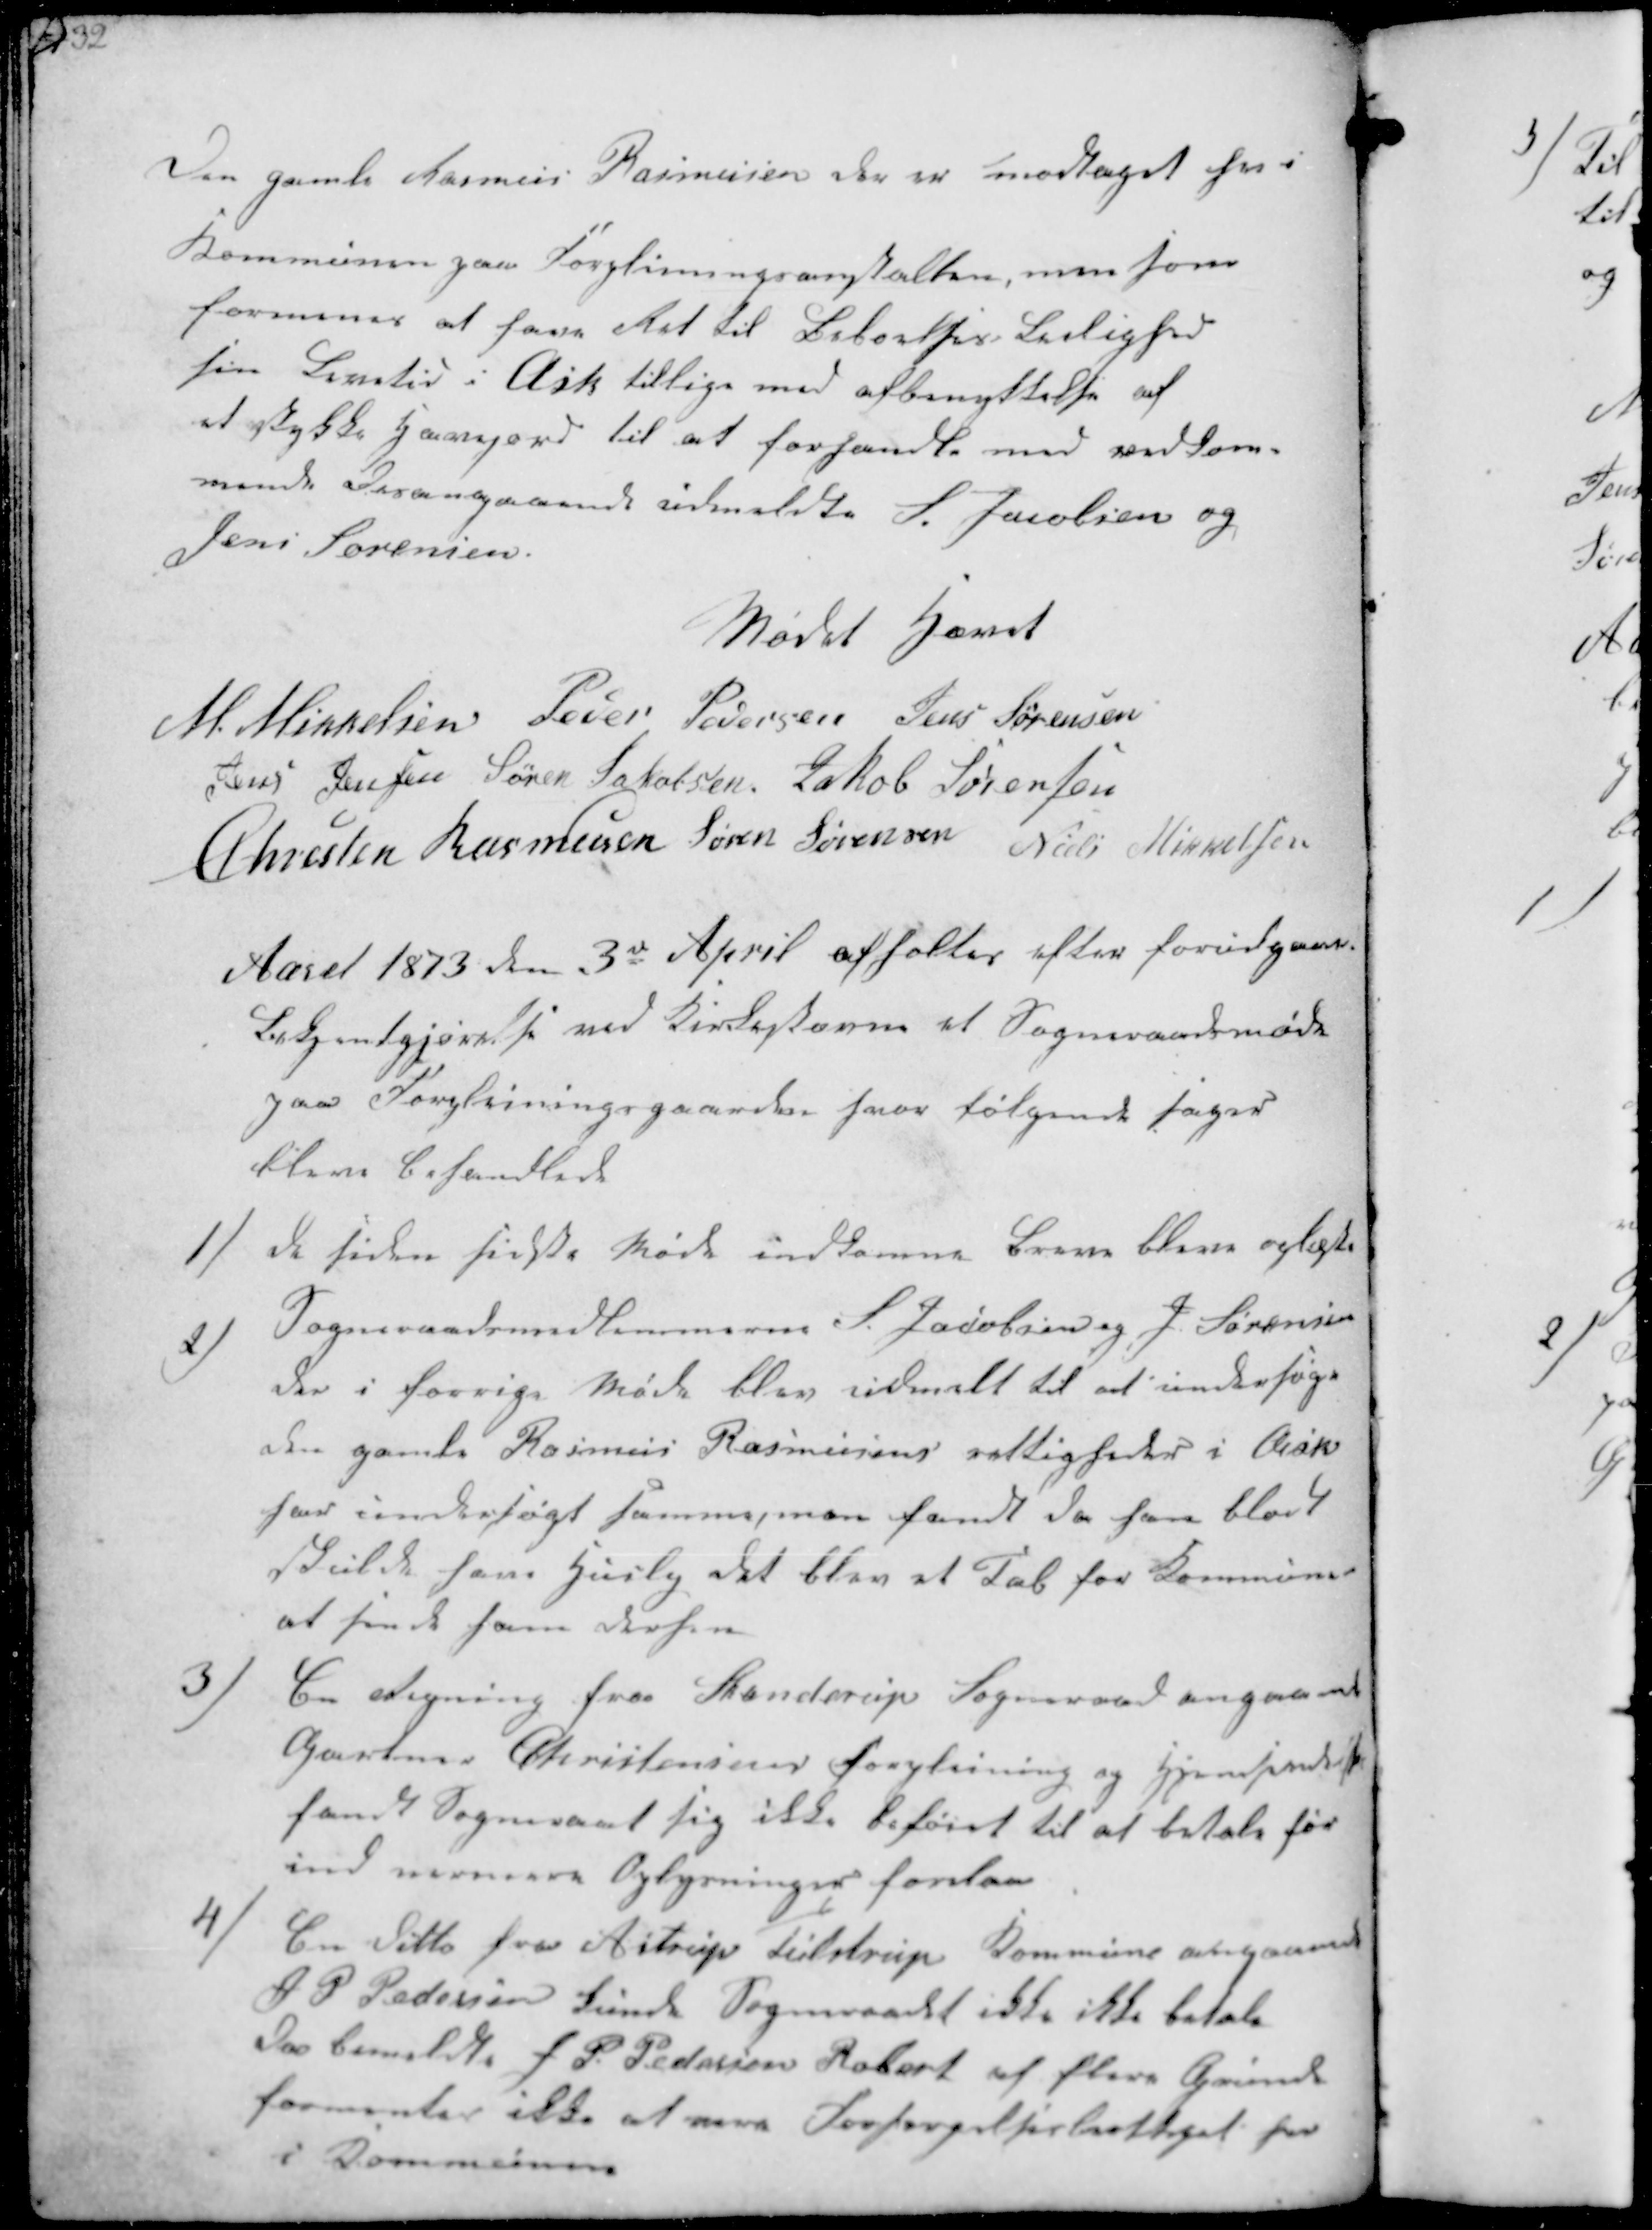
Transskription:
Den gamle Rasmus Rasmussen der er modtaget her i
Kommunen paa Forpleiningsanstalten men som
formenes at have Ret til Beboelses Leilighed
sin Levetid i Ask tillige med afbenyttelse af
et stykke Havejord til at forhandle med vedkom-
mende Desangaaende udmeldtes S. Jacobsen og
Jens Sørensen

Mødet hævet
M. Mikkelsen Peder Pedersen Jens Sørensen
Jens Jensen Søren Jakobsen Jakob Sørensen
Chresten Rasmussen Søren Sørensen Niels Mikkelsen

Aaret 1873 den 3de April afholdes efter forudgaaet
Bekjentgjørelse ved Kirkestævne et Sogneraadsmøde
paa Forpleiningsgaarden hvor følgende sager
bleve behandlede.

1/
De siden sidste Møde indkomne Breve bleve oplæste

2/
Sogneraadsmedlemmerne S. Jacobsen og J. Sørensen
der i forrige Møde blev udmelt til at undersøge
den gamle Rasmus Rasmussen rettigheder i Ask
har undersøgt samme, men fandt da han blot
skulde have Husly det blev et Tab for kommunen
at sende ham derhen

3/
En Regning fra Stenderup Sogneraad angaaende
Gartner Christensens Forpleining og Hjemsendelse
fandt Sogneraad sig ikke beføiet til at betale før-
ind nærmere Oplysninger forelaa

4/
En ditto fra Astrup Tulstrup Kommune angaaende
F P Pedersen kunde Sogneraadet ikke ikke betale
da bemeldte F P. Pedersen Robert af flere Grunde
formentes ikke at være Forsørgelsesberettiget her
i Kommunen